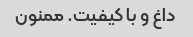
داغ و با کیفیت. ممنون